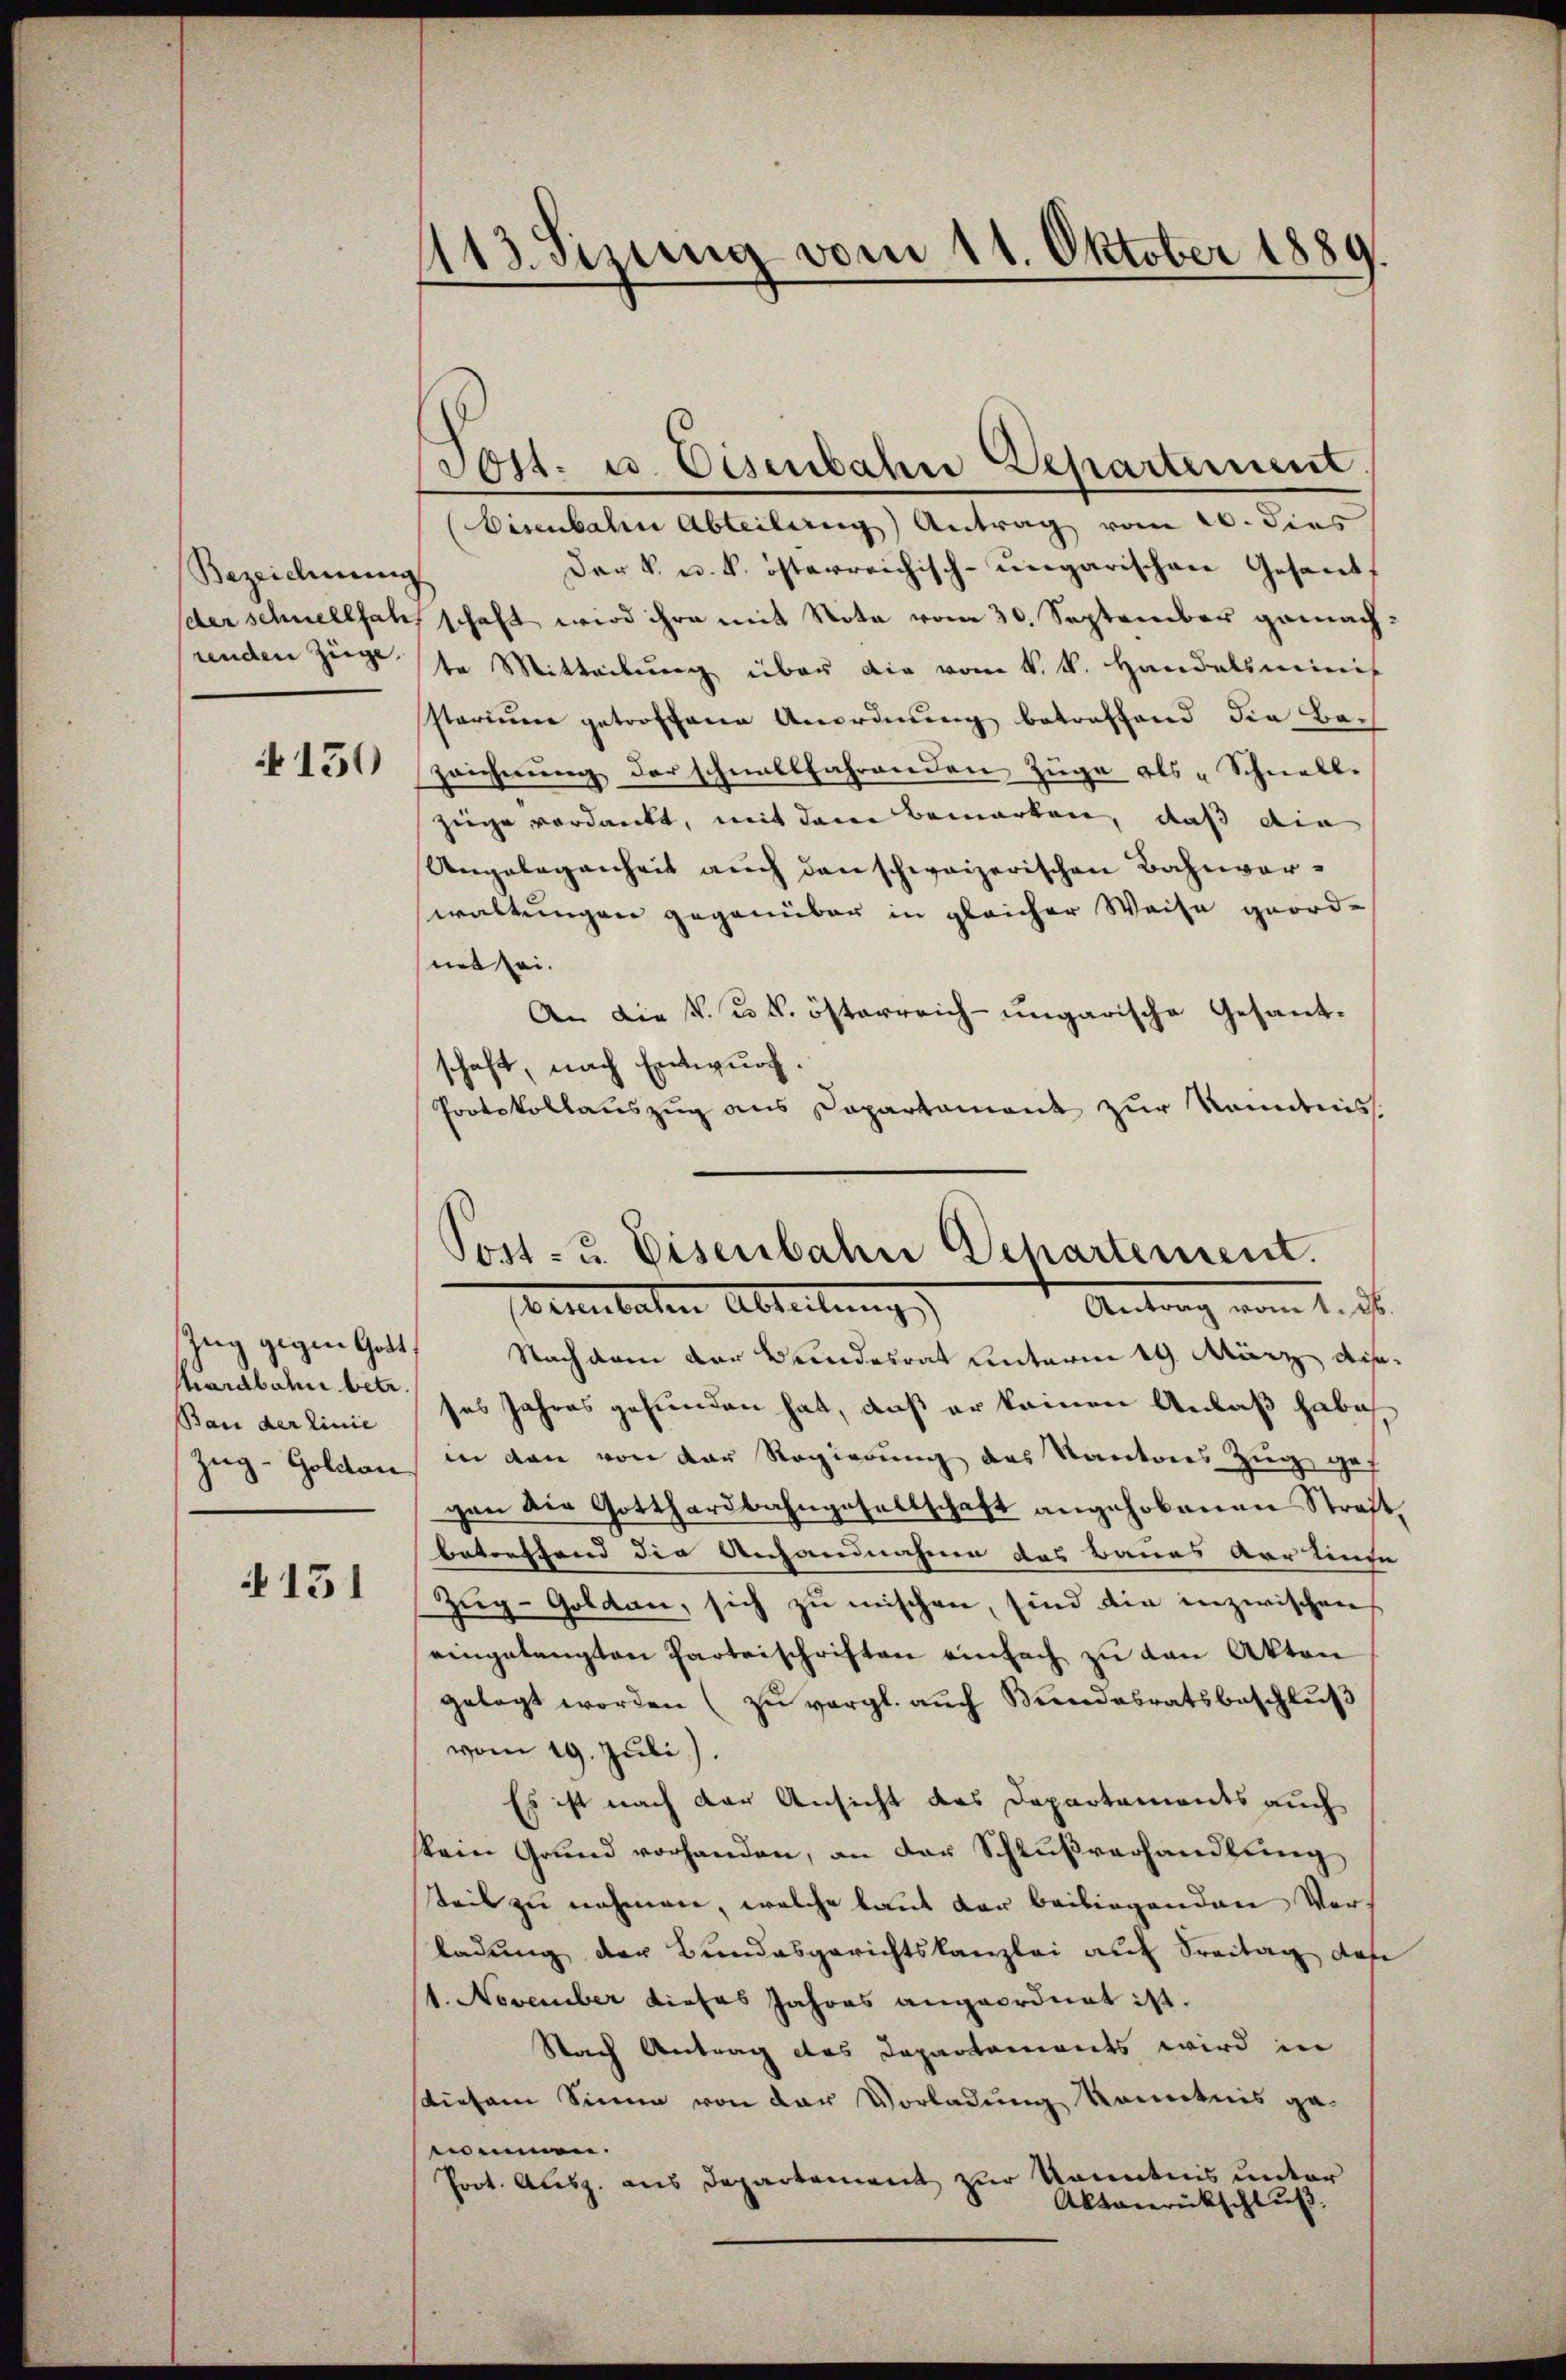
Bezeichnung
renden Züge.

150

hardbahn betr.
Bau der Linie

131

413. Sizung vom 11. Oktober 1889.

Zug gegen Gott, Nachdem der Bundesrat unterm 19. März disses Jahres gefunden hat, daß er keinen Anlaß habe.
Zŭg-Goldau in den von der Regierŭng des Kantons Zŭg gef
gen die Gotthardbahngesellschaft angehobenen Straf
betreffend die Anhandnahme das Baues vor Linse
Zug-Goldau, sich zu mischen, sind die inzwischens
eingelangten Parteischriften einfach zu den Akten
gelegt worden (zŭ vergl. auch Bundesratsbeschlŭβ
vom 19. Juli).
Es ist nach der Ansicht des Departements auch
kein Grund vorhanden, an der Schlußverhandlung
teil zu nehmen, welche laut der beiliegenden Verladung der Bundesgerichtskanzlei auf Freitag des
1. November dieses Jahres angeordnet ist.
Nach Antrag des Departements wird in
stiesem Sinne von der Vorladung konntnis gennimmen.
Prot. Ausg. aus Departement zur Kenntnis unter
Aktanrückschluß.

Eisenbahn Abteilung Antrag vom 20. dies
Der V. u. k. österreichisch-ungarischen Gesandt
der schnellfahr schaft wird ihre mit Nota vom 30. September gemachte Mitteilung über die vom k. k. Handelsminis
starium getroffene Anordnung betreffend die Bach
Zeichnŭng der schnellfahrenden Züge als „Schnell.
züge verdankt, mit dene Bemerken, daß die
Ungelegenheit auch den schweizerischen Bahnverwaltungen gegenüber in gleicher Weise geord-
mit sei.
An die V. u. k. österreich-ungarische Gesandschaft, nach Entwurf.
Protokollauszug aus Dapartament zur Kenntnis

Post. u. Eisenbahn Departerun

Post- u. Eisenbahn Departement.
eebachen Abteilung
Antrag vom 1. d.